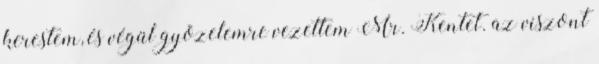
kerestem, és végül gyõzelemre vezettem Mr. Kentet. az viszont